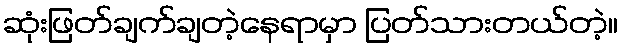
ဆုံးဖြတ်ချက်ချတဲ့နေရာမှာ ပြတ်သားတယ်တဲ့။